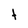
Character: t